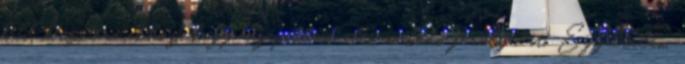
kell készíteni ahhoz, hogy megépíthesd első működő furulyádat. Egyáltalán,